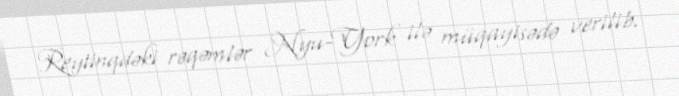
Reytinqdəki rəqəmlər Nyu-York ilə müqayisədə verilib.